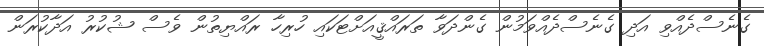
ގެނެސްދެއްވި އަދި ގެނެސްދެއްވަމުން ގެންދަވާ ތަރައްޤީއަށްޓަކައި ހުރިހާ ރައްޔިތުން ވެސް ޝުކުރު އަދާކުރަން